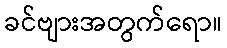
ခင်ဗျားအတွက်ရော။